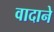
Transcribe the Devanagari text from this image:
वादाने